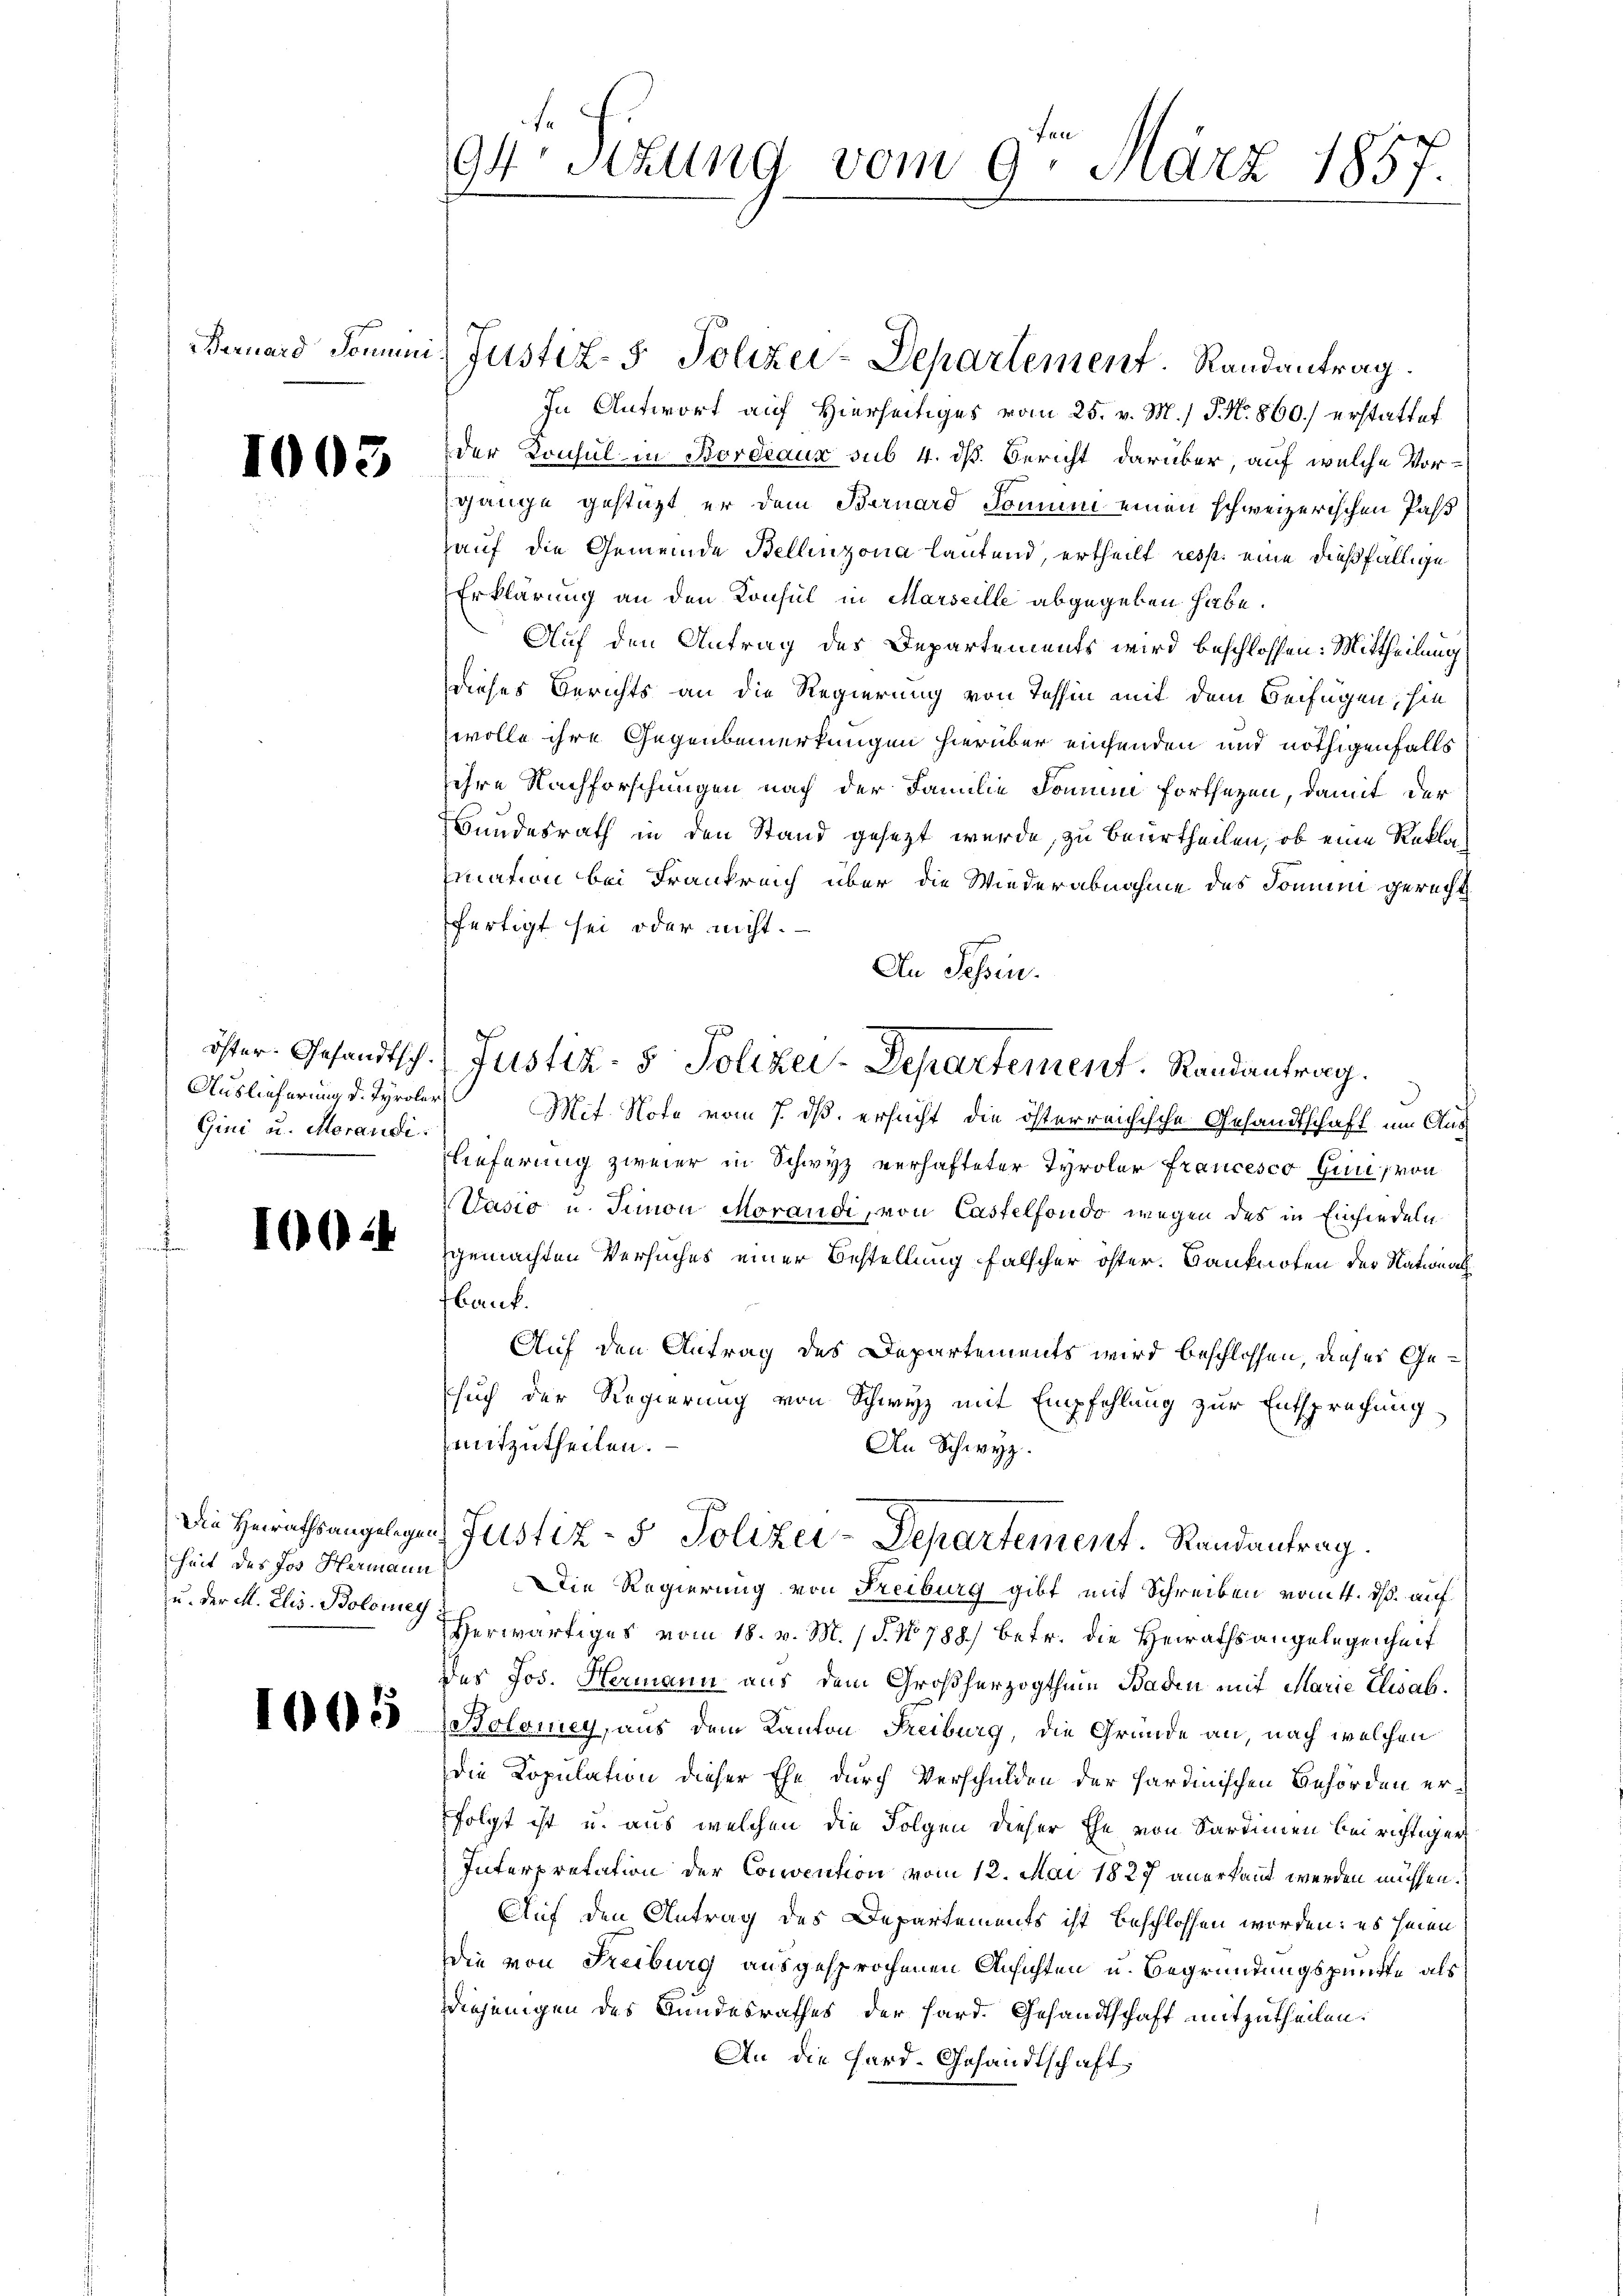
Bernard Sonnini

1003

öster Gesandtsch.
Auslieferung d. Tyroler
Gini u. Morandi

10024

Die Heirathsangelegens
heit des Jos. Hermann
zu. Der M. Elis. Bolomey

5

94 Stzung vom 9. März 1857.

In Antwort auf Hierseitiges vom 25. v. M. / P. Nr. 860.) erstattet
der Konsul in Bordeaux sub 4. dß. Bericht darüber, auf welche Vorgänge gestüzt er dem Bernard Domum einen schweizerischen Pass
auf die Gemeinde Bellinzona lautend, ertheilt resp. eine dießfällige
Erklärung an den Konsul in Marseille abgegeben habe.
Auf den Antrag des Departements wird beschlossen: Mittheilung
dieses Berichts an die Regierung von Tessin mit dem Beifügen, hie
wolle ihre Gegenbemerkungen hierüber einsenden und nöthigenfalls
ihre Nachforschungen nach der Familie domum fortsetzen, damit der
Bundesrath in den Stand gesezt wurde, zu beurtheilen, ob eine Reklamation bei Frankreich über die Wiederabnahme des Sonum gerecht
fertigt sei oder nicht.
An Schin.
Mit Note vom 7. ds. ersucht die österreichische Gesandtschaft um Aus¬
Lieferung zweier in Schwyz verhafteter Tyroler Francesco Gisi, von
Vasio u. Simon Morandi, von Castelfondo wegen des in Einsiedeln
gemachten Versuches einer Bestellung falscher öster. Banknoten der National
bank.
Auf den Antrag des Departements wird beschlossen, dieses Gesuch der Regierung von Schwyz mit Empfehlung zur Entsprechung
mitzutheilen.
An Schwyz.
Justiz- & Polizei-Departement. Randantrag.
Die Regierung von Freiburg gibt mit Schreiben vom 4. ds. auf
herwärtiges vom 18. v. M. (T. No 788/ betr. die Heirathsangelegenheit
des Jos. Hermann aus dem Großherzogthum Baden mit Marie Elisab.
Holomey, aus dem Kanton Freiburg, die Gründe an, nach welchen
die Kopulation dieser Ehe durch Verschulden der Sardinischen Behörden er
folgt ist u. aus welchen die Folgen dieser Ehe von Sardinien bei richtiger
Interpretation der Convention vom 12. Mai 1827 anerkannt werden müssen.
Auf den Antrag des Departements ist beschlossen worden: es seien
Die von Freiburg ausgesprochenen Ansichten u. Begründungspunkte als
Diejenigen des Bundesrathes der Hard. Gesandtschaft mitzutheilen.
An die Hard-Gesandtschaft

Justiz- & Polizei-Departement. Randantrag.

t
Justiz- & Polizei-Departement. Randantrag.